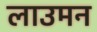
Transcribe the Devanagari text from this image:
लाउमन